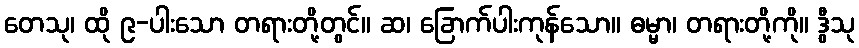
တေသု၊ ထို ၉-ပါးသော တရားတို့တွင်။ ဆ၊ ခြောက်ပါးကုန်သော။ ဓမ္မာ၊ တရားတို့ကို။ ဒွီသု